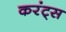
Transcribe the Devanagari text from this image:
करंट्स